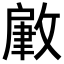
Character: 𢾹